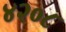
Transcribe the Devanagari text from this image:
४२०८